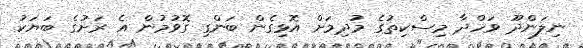
ނިލަންދޫ ވަހްދާ މިސްކިތުގެ މުދިމަށް އޮޅިގެން ބަންގި ގޮވުމުން އެ ރަށުގެ ބަޔަކު